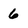
Character: 6